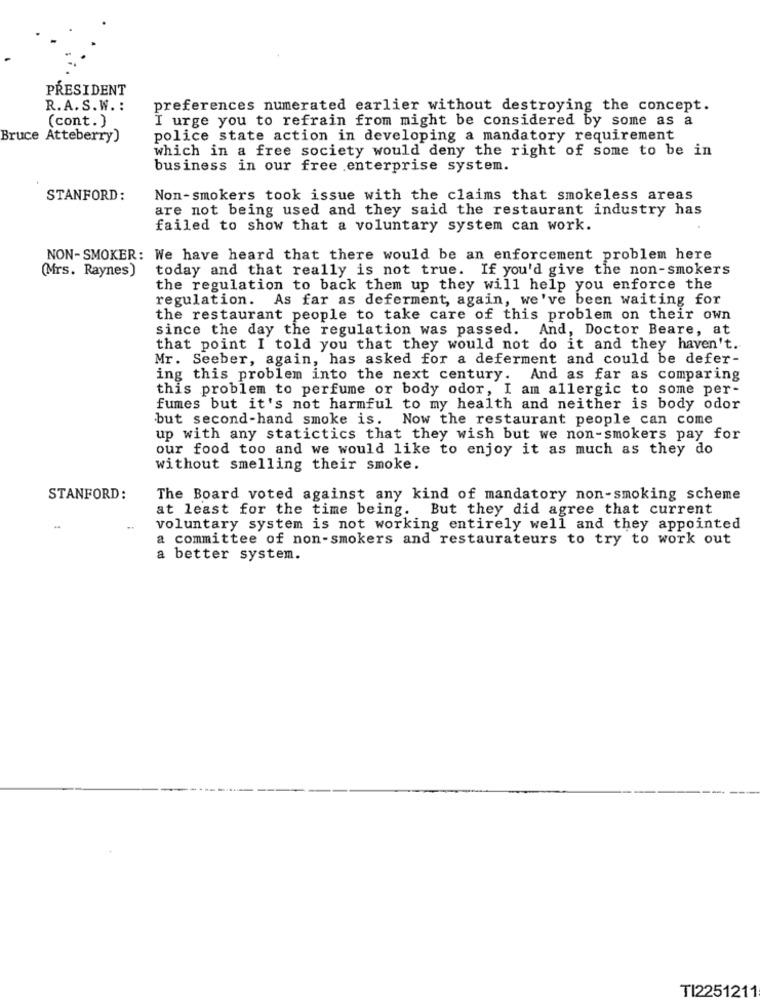
PRESIDENT
R.A. S. W. :
preferences numerated earlier without destroying the concept.
(cont.)
I urge you to refrain from might be considered by some as a
Bruce Atteberry)
police state action in developing a mandatory requirement
which in a free society would deny the right of some to be in
business in our free enterprise system.
STANFORD:
Non-smokers took issue with the claims that smokeless areas
are not being used and they said the restaurant industry has
failed to show that a voluntary system can work.
NON-SMOKER: We have heard that there would be an enforcement problem here
(Mrs. Raynes)
today and that really is not true. If you'd give the non-smokers
the regulation to back them up they will help you enforce the
regulation. As far as deferment, again, we've been waiting for
the restaurant people to take care of this problem on their own
since the day the regulation was passed. And, Doctor Beare, at
that point I told you that they would not do it and they haven't.
Mr. Seeber, again, has asked for a deferment and could be defer-
ing this problem into the next century. And as far as comparing
this problem to perfume or body odor, I am allergic to some per-
fumes but it's not harmful to my health and neither is body odor
but second-hand smoke is. Now the restaurant people can come
up with any statictics that they wish but we non-smokers pay for
our food too and we would like to enjoy it as much as they do
without smelling their smoke.
STANFORD:
The Board voted against any kind of mandatory non-smoking scheme
at least for the time being. But they did agree that current
-
voluntary system is not working entirely well and they appointed
a committee of non-smokers and restaurateurs to try to work out
a better system.
TI2251211